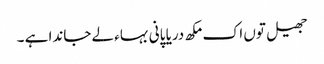
جھیل توں اک مکھ دریا پانی بہاء لے جاندا ہے ۔